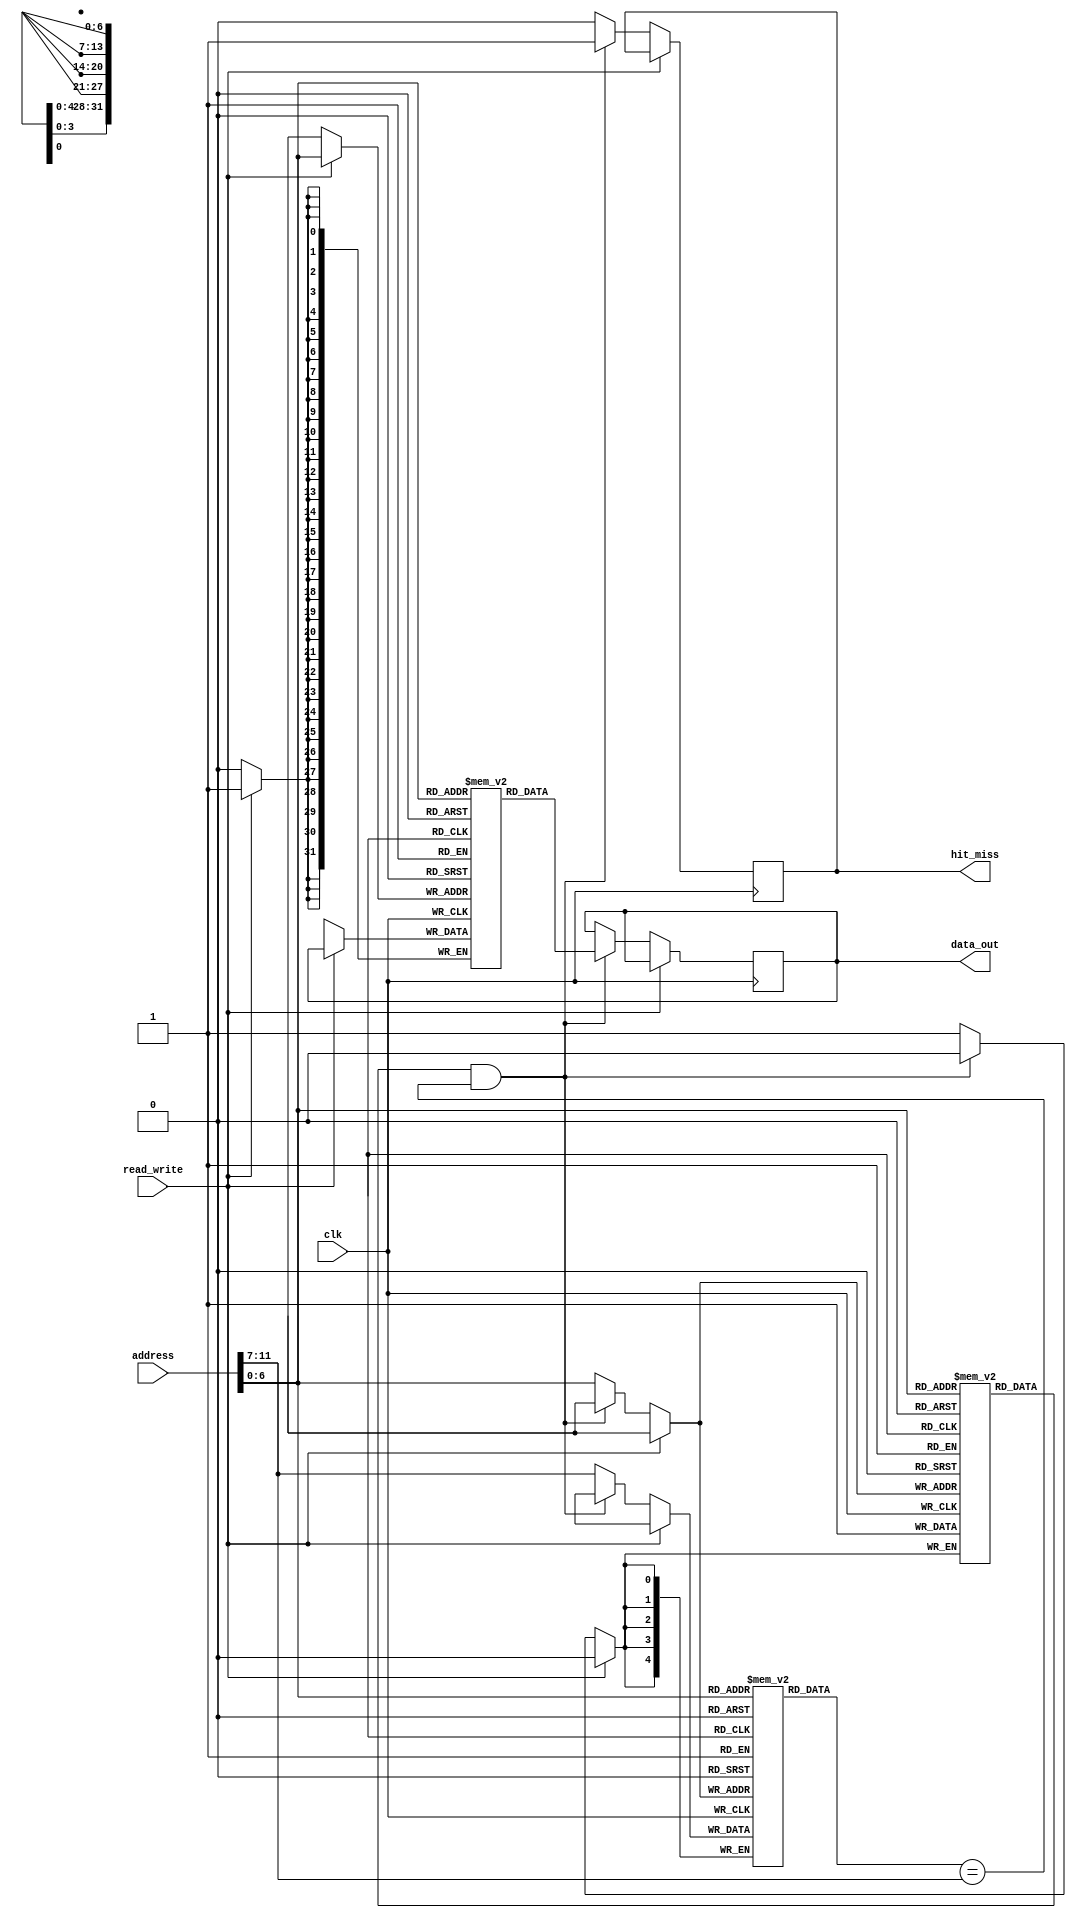
module InstructionCache #(
    parameter CACHE_SIZE = 4096, // Total cache size in bytes
    parameter BLOCK_SIZE = 32,     // Block size in bytes
    parameter ADDR_WIDTH = 12,     // Address width (for 4KB cache)
    parameter NUM_BLOCKS = CACHE_SIZE / BLOCK_SIZE
) (
    input wire [ADDR_WIDTH-1:0] address, // Instruction address
    input wire read_write,                // Read (0) / Write (1)
    input wire clk,                       // Clock signal
    output reg [BLOCK_SIZE-1:0] data_out, // Data output
    output reg hit_miss                  // Hit (1) / Miss (0)
);

    // Cache structure
    reg [BLOCK_SIZE-1:0] cache_data [0:NUM_BLOCKS-1]; // Cache data
    reg [ADDR_WIDTH - $clog2(NUM_BLOCKS) - 1:0] tag [0:NUM_BLOCKS-1]; // Tag array
    reg valid [0:NUM_BLOCKS-1]; // Valid bits
    reg dirty [0:NUM_BLOCKS-1]; // Dirty bits

    wire [$clog2(NUM_BLOCKS)-1:0] index; // Set index
    wire [ADDR_WIDTH - $clog2(NUM_BLOCKS)-1:0] address_tag; // Tag from address

    assign index = address[$clog2(NUM_BLOCKS)-1:0]; // Get index from address
    assign address_tag = address[ADDR_WIDTH-1:$clog2(NUM_BLOCKS)]; // Get tag from address

    // Read operation
    always @(posedge clk) begin
        if (read_write == 0) begin // Read operation
            if (valid[index] && (tag[index] == address_tag)) begin
                data_out <= cache_data[index]; // Cache hit
                hit_miss <= 1'b1;
            end else begin
                hit_miss <= 1'b0;
                // Cache miss logic (fetch from memory and load into cache)
                // This is a placeholder for the actual memory access
                // memory_fetch(address, cache_data[index]); // Fetch from memory
                // Store tag and valid bit
                tag[index] <= address_tag;
                valid[index] <= 1'b1;
            end
        end else begin
            // Write operation (write-through policy)
            cache_data[index] <= data_out; // Write to cache
            dirty[index] <= 1'b1; // Mark as dirty
            // Also write to main memory (not implemented here)
            // memory_write(address, data_out);
        end
    end

    // Initialization
    integer i;
    initial begin
        for (i = 0; i < NUM_BLOCKS; i = i + 1) begin
            valid[i] = 1'b0; // Initialize valid bits to 0
            dirty[i] = 1'b0; // Initialize dirty bits to 0
        end
    end

endmodule